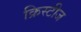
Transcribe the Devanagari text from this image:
क्रिस्टीज